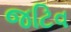
જટિવ